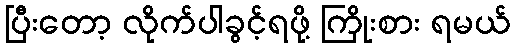
ပြီးတော့ လိုက်ပါခွင့်ရဖို့ ကြိုးစား ရမယ်